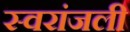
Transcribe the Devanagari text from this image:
स्वरांजली